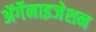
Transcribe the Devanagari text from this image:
ॲर्गेनाइजेशन